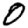
Digit: 0